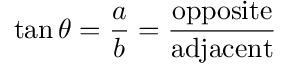
\tan \theta = { \frac { a } { b } } = { \frac { \mathrm { o p p o s i t e } } { \mathrm { a d j a c e n t } } }